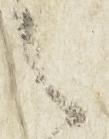
之